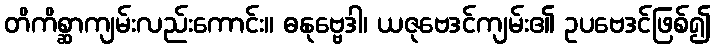
တိကိစ္ဆာကျမ်းလည်းကောင်း။ ဓနုဗ္ဗေဒါ၊ ယဇုဗေဒင်ကျမ်း၏ ဥပဗေဒင်ဖြစ်၍